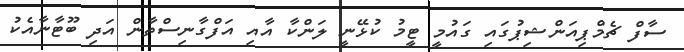
ސާފް ޗެމްޕިއަންޝިޕުގައި ގައުމީ ޓީމު ކުޅޭނީ ލަންކާ އާއި އަފްގާނިސްތާން އަދި ބޫޓާނާއެކު